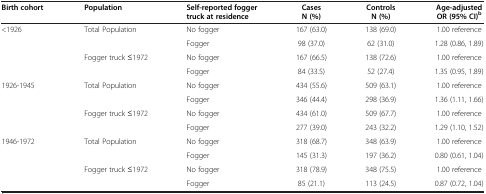
<table><thead><tr><td><b>Birth cohort</b></td><td><b>Population</b></td><td><b>Self-reported fogger truck at residence</b></td><td><b>Cases N (%)</b></td><td><b>Controls N (%)</b></td><td><b>Age-adjusted OR (95% CI)<sup>b</sup></b></td></tr></thead><tbody><tr><td>&lt;1926</td><td>Total Population</td><td>No fogger</td><td>167 (63.0)</td><td>138 (69.0)</td><td>1.00 reference</td></tr><tr><td> </td><td> </td><td>Fogger</td><td>98 (37.0)</td><td>62 (31.0)</td><td>1.28 (0.86, 1.89)</td></tr><tr><td> </td><td>Fogger truck ≤1972</td><td>No fogger</td><td>167 (66.5)</td><td>138 (72.6)</td><td>1.00 reference</td></tr><tr><td> </td><td> </td><td>Fogger</td><td>84 (33.5)</td><td>52 (27.4)</td><td>1.35 (0.95, 1.89)</td></tr><tr><td>1926-1945</td><td>Total Population</td><td>No fogger</td><td>434 (55.6)</td><td>509 (63.1)</td><td>1.00 reference</td></tr><tr><td> </td><td> </td><td>Fogger</td><td>346 (44.4)</td><td>298 (36.9)</td><td>1.36 (1.11, 1.66)</td></tr><tr><td> </td><td>Fogger truck ≤1972</td><td>No fogger</td><td>434 (61.0)</td><td>509 (67.7)</td><td>1.00 reference</td></tr><tr><td> </td><td> </td><td>Fogger</td><td>277 (39.0)</td><td>243 (32.2)</td><td>1.29 (1.10, 1.52)</td></tr><tr><td>1946-1972</td><td>Total Population</td><td>No fogger</td><td>318 (68.7)</td><td>348 (63.9)</td><td>1.00 reference</td></tr><tr><td> </td><td> </td><td>Fogger</td><td>145 (31.3)</td><td>197 (36.2)</td><td>0.80 (0.61, 1.04)</td></tr><tr><td> </td><td>Fogger truck ≤1972</td><td>No fogger</td><td>318 (78.9)</td><td>348 (75.5)</td><td>1.00 reference</td></tr><tr><td> </td><td> </td><td>Fogger</td><td>85 (21.1)</td><td>113 (24.5)</td><td>0.87 (0.72, 1.04)</td></tr></tbody></table>